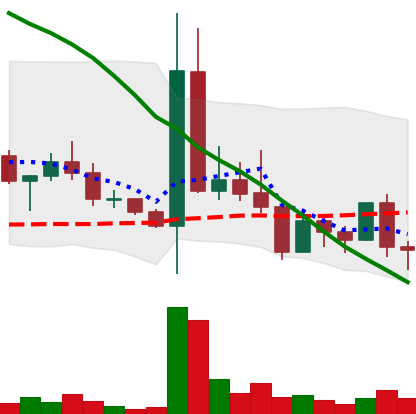
Ticker: DOGE-USD
Chart end date: 2022-05-06
Forward return: -33.87%
Label: down_7plus